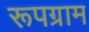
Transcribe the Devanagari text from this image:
रूपग्राम